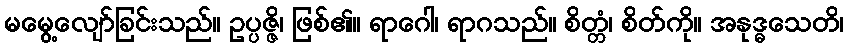
မမွေ့လျော်ခြင်းသည်။ ဥပ္ပဇ္ဇိ၊ ဖြစ်၏။ ရာဂေါ၊ ရာဂသည်။ စိတ္တံ၊ စိတ်ကို။ အနုဒ္ဓသေတိ၊